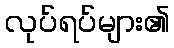
လုပ်ရပ်များ၏